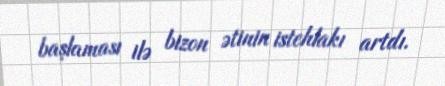
başlaması ilə bizon ətinin istehlakı artdı.